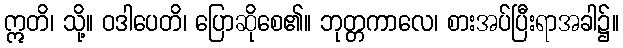
ဣတိ၊ သို့။ ဝဒါပေတိ၊ ပြောဆိုစေ၏။ ဘုတ္တကာလေ၊ စားအပ်ပြီးရာအခါ၌။